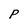
Character: P